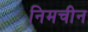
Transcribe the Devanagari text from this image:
निमचीन